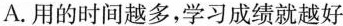
A.用的时间越多，学习成绩就越好